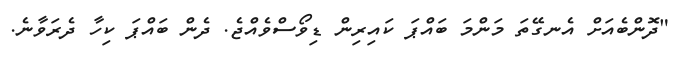
"ދޮންބެއަށް އެނގޭތަ މަންމަ ބައްޕަ ކައިރިން ޑިވޯސްވެއްޖެ. ދެން ބައްޕަ ކިހާ ދެރަވާނެ.